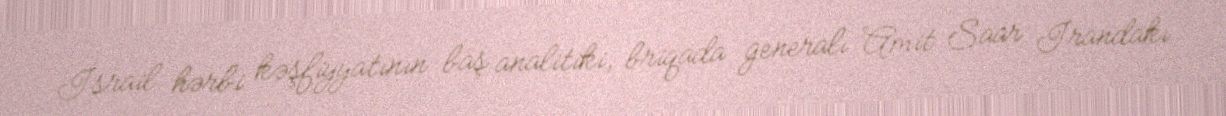
İsrail hərbi kəşfiyyatının baş analitiki, briqada generalı Amit Saar İrandakı